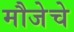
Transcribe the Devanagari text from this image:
मौजेचे